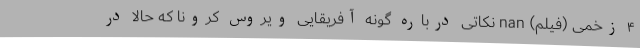
۴ زخمی (فیلم) nan نکاتی درباره گونه آفریقایی ویروس کرونا که حالا در